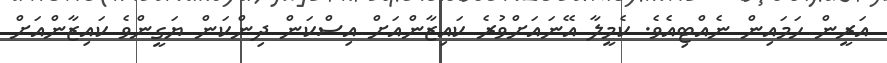
އަރީން ހަމައިން ނެއްޓިއެވެ. ކެމީލާ އޭނައަށްވުރެ ކައިޒާންއަށް އިސްކަން ދިންކަން ޔަގީންވެ ކައިޒާންއަށް